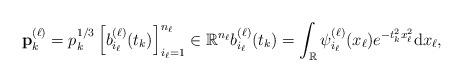
LaTeX: \begin{align*} \textbf{p}^{(\ell)}_k= p_k^{1/3} \left[b^{(\ell)}_{i_\ell}(t_k)\right]_{i_\ell=1}^{n_\ell} \in \mathbb{R}^{n_\ell} b^{(\ell)}_{i_\ell}(t_k)= \int_{\mathbb{R}} \psi^{(\ell)}_{i_\ell}(x_\ell) e^{- t_k^2 x^2_\ell } \mathrm{d}x_\ell,\end{align*}